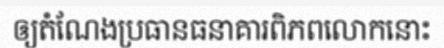
ឲ្យតំណែងប្រធានធនាគារពិភពលោកនោះ